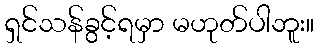
ရှင်သန်ခွင့်ရမှာ မဟုတ်ပါဘူး။